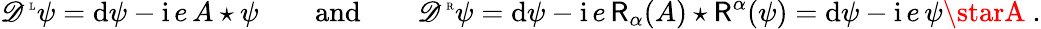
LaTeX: \mathscr{D}^{\mathrm{{\tiny~L}}}\psi=\mathrm{{d}}\psi-{\mathrm{{i}}}\, e\, A\star\psi{\qquad\mathrm{{and}}\qquad}\mathscr{D}^{\mathrm{{\tiny~R}}}\psi=\mathrm{{d}}\psi-{\mathrm{{i}}}\, e\, \mathsf{{R}}_{\alpha}(A)\star\mathsf{{R}}^{\alpha}(\psi)=\mathrm{{d}}\psi-{\mathrm{{i}}}\, e\, \psi\starA\ .